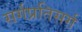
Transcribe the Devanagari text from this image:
सर्गप्रतिसर्ग